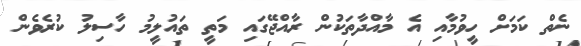
ނެތް ކަމަށް ހީވުމާއި އެ މާއްދާތަކުން ރާއްޖޭގައި މަތީ ތައުލީމު ހާސިލު ކުރެވެން